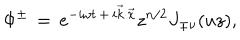
LaTeX: \Phi ^ { \pm } \, = \, e ^ { - i \omega t \, + \, i \vec { k } \cdot \vec { x } } z ^ { n / 2 } J _ { \pm \nu } ( u z ) ,